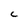
Character: C